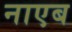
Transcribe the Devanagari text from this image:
नाएब